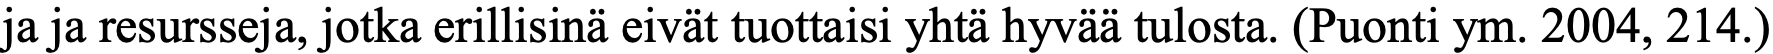
ja ja resursseja, jotka erillisinä eivät tuottaisi yhtä hyvää tulosta. (Puonti ym. 2004, 214.)